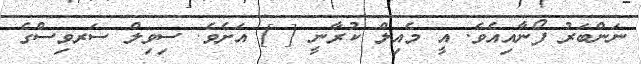
ނަންބަރު ފޯނާއިއެވެ. އީ މެއިލް ކުރާނީ [ ] އަށެވެ. ސިވިލް ސަރވިސްގެ